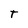
Character: T